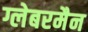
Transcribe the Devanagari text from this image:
ग्लेबरमैन